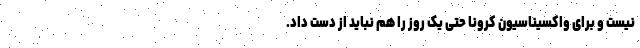
نیست و برای واکسیناسیون کرونا حتی یک روز را هم نباید از دست داد.